system: You are a helpful assistant.
user:
Analyze the provided spectrum to determine if it is a **Carbon Star (C-type)**.

- **Key Visual Indicators of Carbon Star:**
    - **(Primary):** Strong molecular absorption from **C₂ (diatomic carbon) "Swan Bands."** This is the **defining feature** of a carbon star.
        - **(Key Bandheads):** Sharp absorption edges are visible at approximately $5635$ Å, $5165$ Å (the strongest band), and $4737$ Å.
        - **(Line Profile):** Creates a distinct **"saw-tooth"** pattern. The key morphology is a sharp, steep bandhead on the **red (long-wavelength) side**, which then gradually tapers off (i.e., flux recovers) towards the **blue (short-wavelength) side**. *(This is the direct opposite of the TiO bands seen in M-type stars)*.

    - **(Secondary):** Intense **CN (cyanogen)** molecular absorption bands.
        - **(Key Bandheads):** Located in the blue and violet regions of the spectrum (e.g., near $4215$ Å and $3883$ Å).
        - **(Morphology):** These bands are extremely broad and act as a "blanket," absorbing the vast majority of blue and violet light. This creates a characteristic **"cliff"** or **"steep drop-off"** in the spectrum's flux at short wavelengths.

    - **(Key Confirmation):** Strong **CH absorption band (G-band)**.
        - **(Key Bandhead):** Located around $4300$ Å. The contribution from CH molecules to this band is exceptionally strong.

    - **(Overall Spectrum):**
        - The continuum is severely "chopped up" by these deep molecular bands, especially C₂, rather than appearing as a smooth curve.
        - Due to the heavy CN and C₂ absorption in the blue-green, the vast majority of the star's flux is concentrated in the red part of the spectrum, giving the star its characteristic deep red color.

Think first, call **spectral_visualization_tool** if needed to examine features in detail, then provide your final answer. Your response must adhere to the following strict rules:
1.  **Overall Structure:** Your response must follow the format `<think>...</think> <tool_call>...</tool_call> (if a tool is used) <answer>...</answer>`.
2.  **Tool Usage Constraint:** You may only make **one** tool call per turn.
3.  **Final Answer Format:** In the `<answer>` tag, your conclusion must be inside a `\boxed{}` command (e.g., `\boxed{YES}`), followed by your justification.

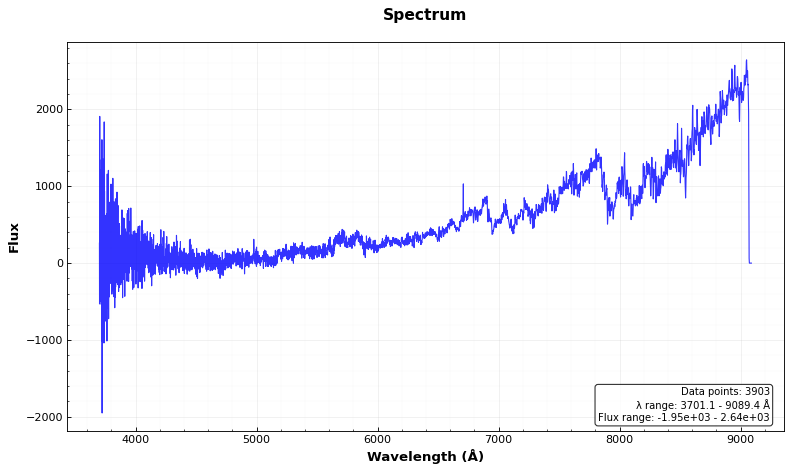
Answer: YES